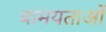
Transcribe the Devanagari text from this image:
बामयताओं